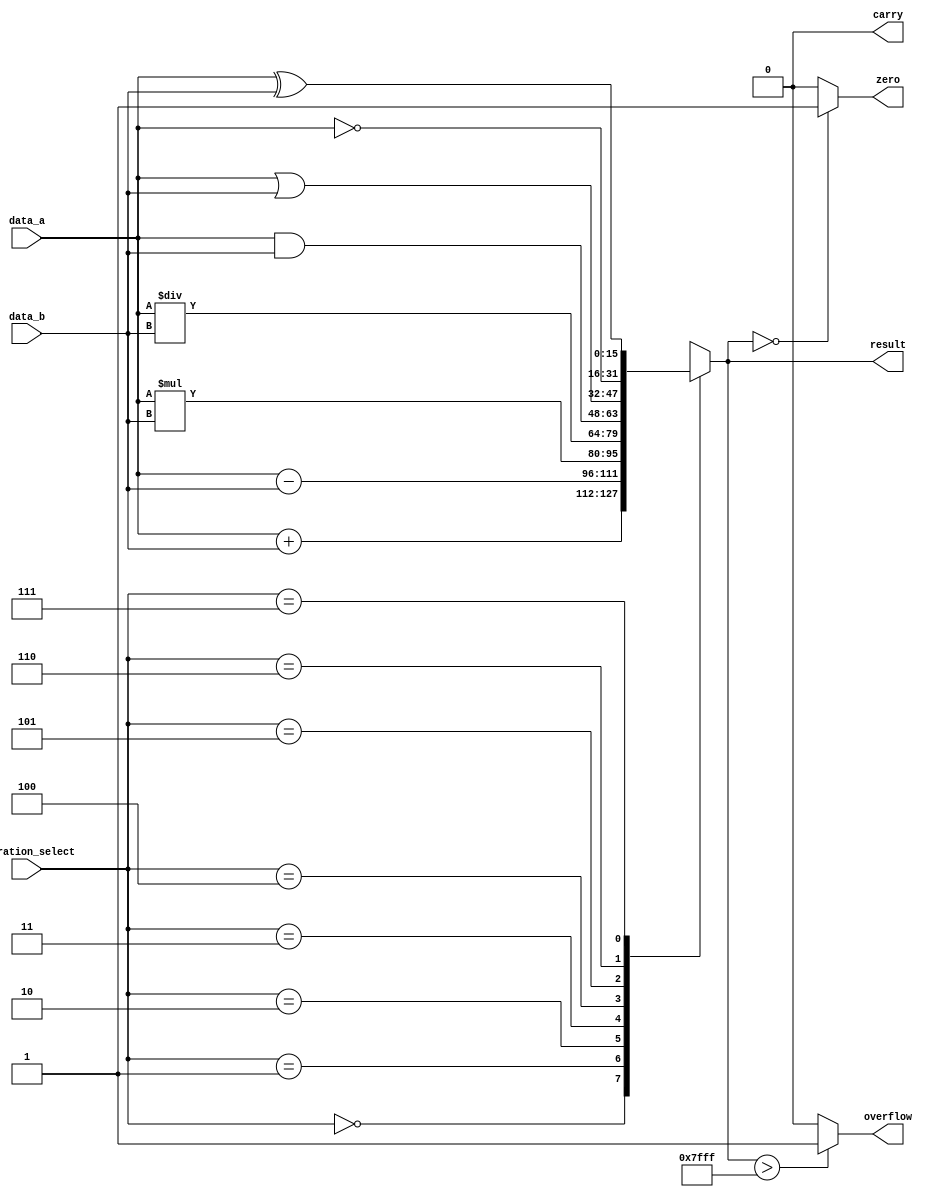
module ALU_16bit (
    input [15:0] data_a,
    input [15:0] data_b,
    input [2:0] operation_select, // 0: addition, 1: subtraction, 2: multiplication, 3: division, 4: AND, 5: OR, 6: NOT, 7: XOR
    output [15:0] result,
    output overflow,
    output carry,
    output zero
);

reg [15:0] result;

always @(*)
begin
    case(operation_select)
        3'b000: result = data_a + data_b; // addition
        3'b001: result = data_a - data_b; // subtraction
        3'b010: result = data_a * data_b; // multiplication
        3'b011: result = data_a / data_b; // division
        3'b100: result = data_a & data_b; // AND
        3'b101: result = data_a | data_b; // OR
        3'b110: result = ~data_a; // NOT
        3'b111: result = data_a ^ data_b; // XOR
        default: result = 16'b0;
    endcase
end

assign overflow = (result > 32767) ? 1'b1 : 1'b0; // check for overflow
assign carry = (result[16]) ? 1'b1 : 1'b0; // check for carry
assign zero = (result == 16'b0) ? 1'b1 : 1'b0; // check for zero condition

endmodule